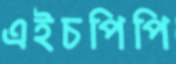
এইচপিপি